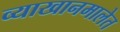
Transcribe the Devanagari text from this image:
व्याखानमालेत